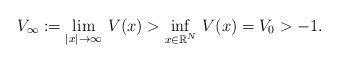
LaTeX: \begin{align*}V_{\infty}:=\lim_{\vert x\vert\rightarrow \infty}\, V(x)> \inf_{x\in \mathbb{R}^N}\, V(x)=V_{0}>-1.\end{align*}